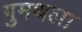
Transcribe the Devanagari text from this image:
गुमथला